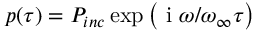
p ( \tau ) = P _ { i n c } \exp \left( \textrm { i } \omega / \omega _ { \infty } \tau \right)